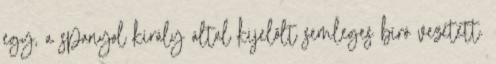
egy, a spanyol király által kijelölt semleges bíró vezetett.